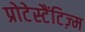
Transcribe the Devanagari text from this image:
प्रोटेस्टैंटिज़्म